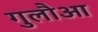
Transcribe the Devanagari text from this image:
गुलौआ